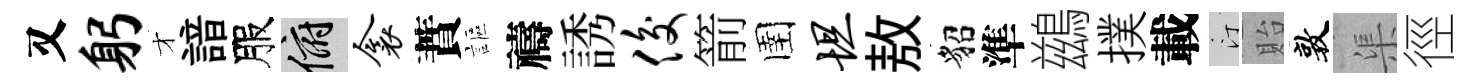
又躬才諳服俯衾蕡謳禱誘俊箭圉坦敖貂準鷀撲載汀貽敦渠徑